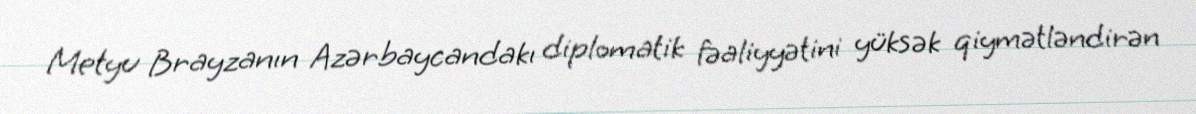
Metyu Brayzanın Azərbaycandakı diplomatik fəaliyyətini yüksək qiymətləndirən